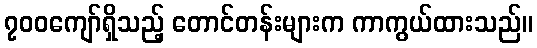
၇၀၀ကျော်ရှိသည့် တောင်တန်းများက ကာကွယ်ထားသည်။